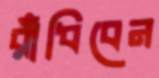
রাঁধিবেন